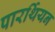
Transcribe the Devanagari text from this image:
पारर्थियन